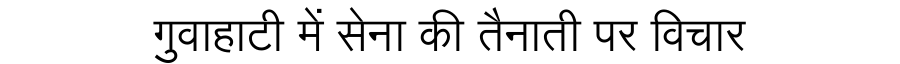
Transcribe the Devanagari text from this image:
गुवाहाटी में सेना की तैनाती पर विचार